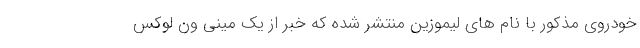
خودروی مذکور با نام های لیموزین منتشر شده که خبر از یک مینی ون لوکس